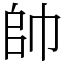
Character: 帥